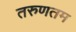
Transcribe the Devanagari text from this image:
तरुणतम